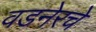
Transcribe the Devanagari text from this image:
वडनेरचे